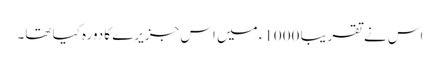
اس نے تقریبا 1000ء میں اس جزیرے کا دورہ کیا تھا۔